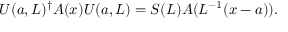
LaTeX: U ( a , L ) ^ { \dagger } A ( x ) U ( a , L ) = S ( L ) A ( L ^ { - 1 } ( x - a ) ) .